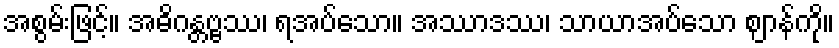
အစွမ်းဖြင့်။ အဓိဂန္တဗ္ဗဿ၊ ရအပ်သော။ အဿာဒဿ၊ သာယာအပ်သော ဈာန်ကို။